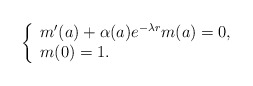
\begin{align*} \left\{ \begin{array}{ll} m'(a)+\alpha(a)e^{-\lambda r}m(a)=0, & \hbox{ } \\ m(0)=1. & \hbox{ } \end{array} \right.\end{align*}